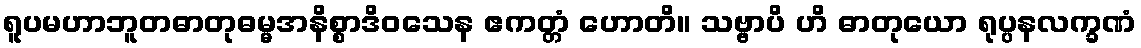
ရူပမဟာဘူတဓာတုဓမ္မအနိစ္စာဒိဝသေန ဧကတ္တံ ဟောတိ။ သဗ္ဗာပိ ဟိ ဓာတုယော ရုပ္ပနလက္ခဏံ